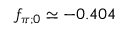
f _ { \pi ; 0 } \simeq - 0 . 4 0 4